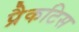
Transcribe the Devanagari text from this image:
प्रैकटिस